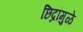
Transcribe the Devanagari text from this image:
छिद्रांमुळे